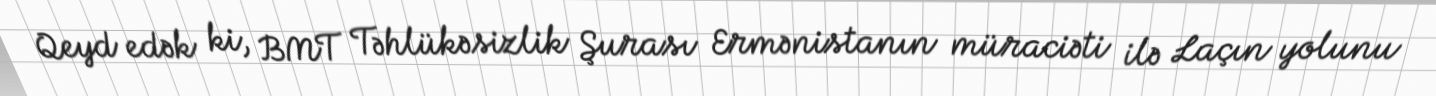
Qeyd edək ki, BMT Təhlükəsizlik Şurası Ermənistanın müraciəti ilə Laçın yolunu